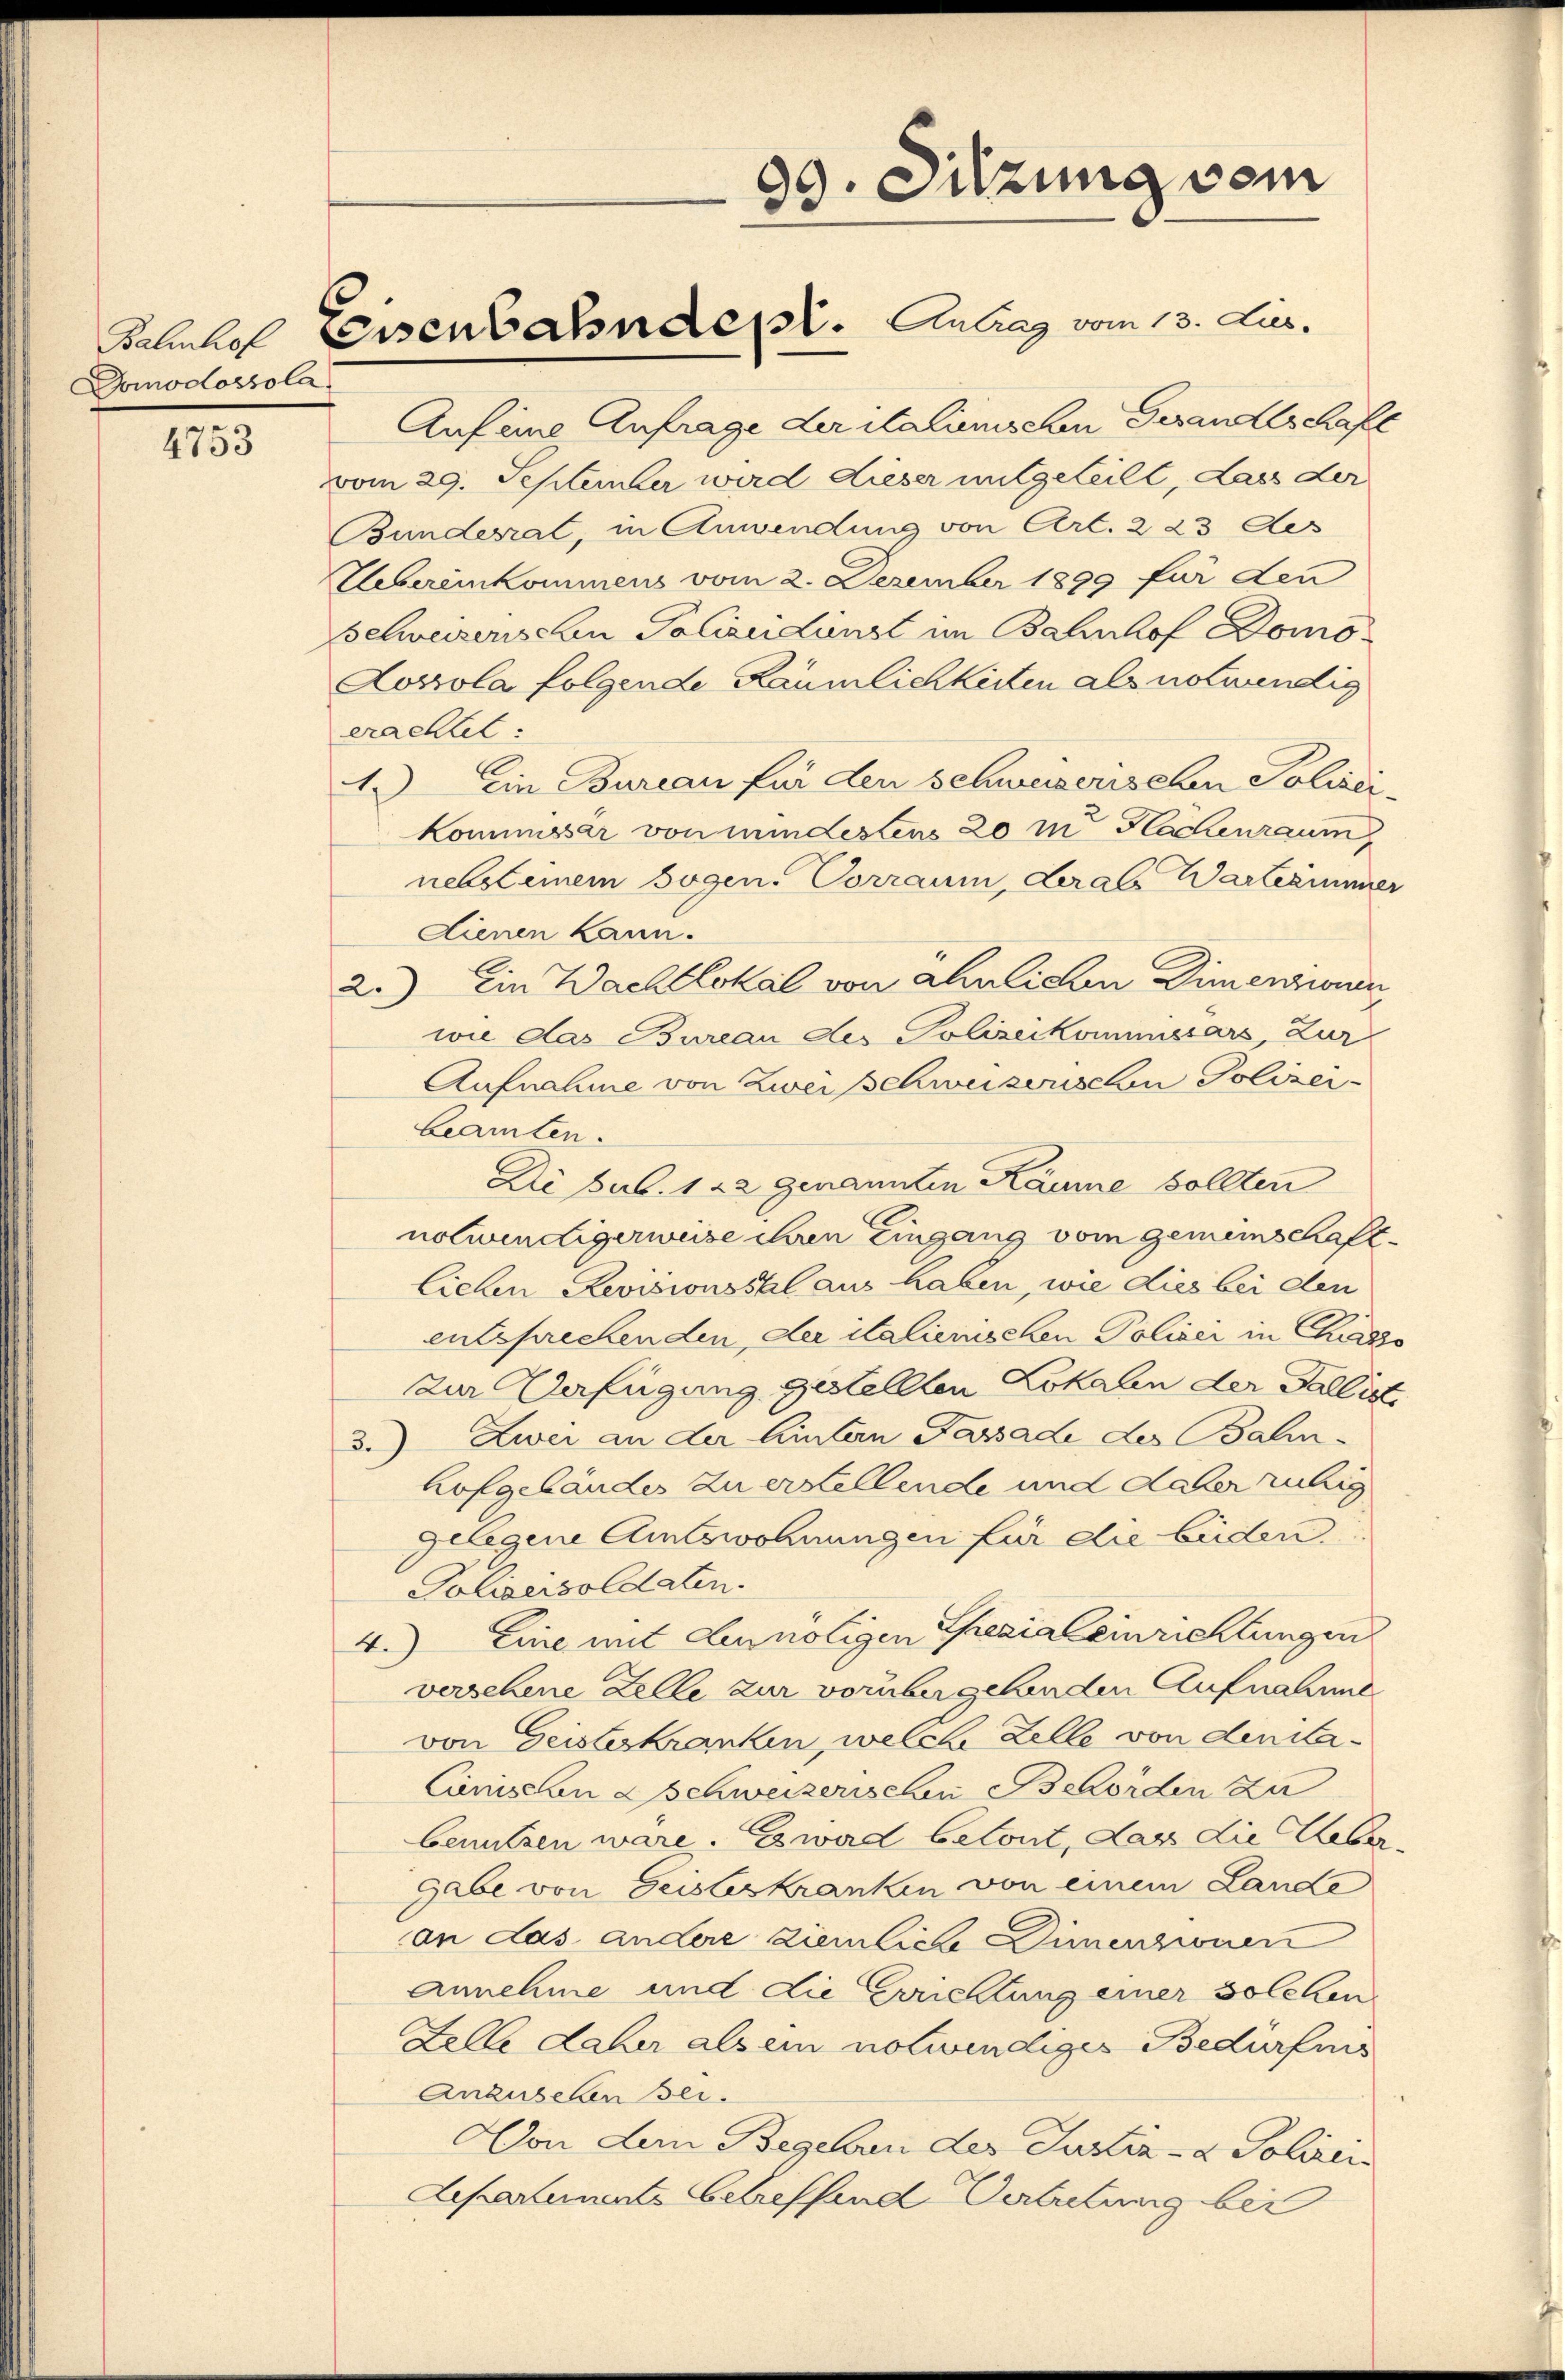
Domodossola

4753

Auf eine Anfrage der italienischen Gesandtschaft
vom 29. September wird dieser mitgeteilt, dass der
Bundesrat, in Anwendung von Art. 223 des
Uebereinkommens vom 2. Dezember 1899 für den
Belweiserischen Polizeidienst im Bahnhof Domo¬
Loszola folgende Räumlichkeiten als notwendig
erachtet:
1.) Ein Bureau für den Schweizerischen Polizei-
kommissär von mindestens 20 m Flächenraum
nebsteinem sogen. Vorraum, derale Wartezimmer
dienen kann.
2.) Ein Wachtlokal von ähnlichen Dimenzionen
wie das Bureau des Polizeikommissars, Zur
Aufnahme von Zwei Schweizerischen Polizei-
beamten.
Die sub. 122 genannten Räume sollten
notwendigerweise ihren Eingang vom gemeinschaft¬
Cielen Revisionssal aus haben, wie dies bei den
entsprechenden der italienischen Polizer in Cass
zur Verfügung gestellten Lokalen der Fallist
3.) Zwei an der Eintern Passade des Balinhofgebäudes zu erstellende und daher ruhig
Gelegene Amtswohnungen für die beiden.
Polizeisoldaten.
4.) Eine mit Lennötigen Thezialeinrichtungen
versehene Zelle zur vorübergehenden Aufnahme
von Geisteskranken, welche Zelle von denita¬
Camischen Schweizerischen Behörden zu
benutzen wäre. Zward betont, das die Ueber
Gabe von Geisteskranken von einem Lande
an das andere ziemliche Dimenzionen
Annehme und die Errichtung einer solchen
Felle daher als ein notwendiger Bedürfens
Anzusehen Bei
Von dem Begelbe der Justiz- & Polizei
Aepartements betreffend Vertretung bei

99. Sitzung dem

Bahnhof Eisenbahndet. Antrag vom 13. Jus